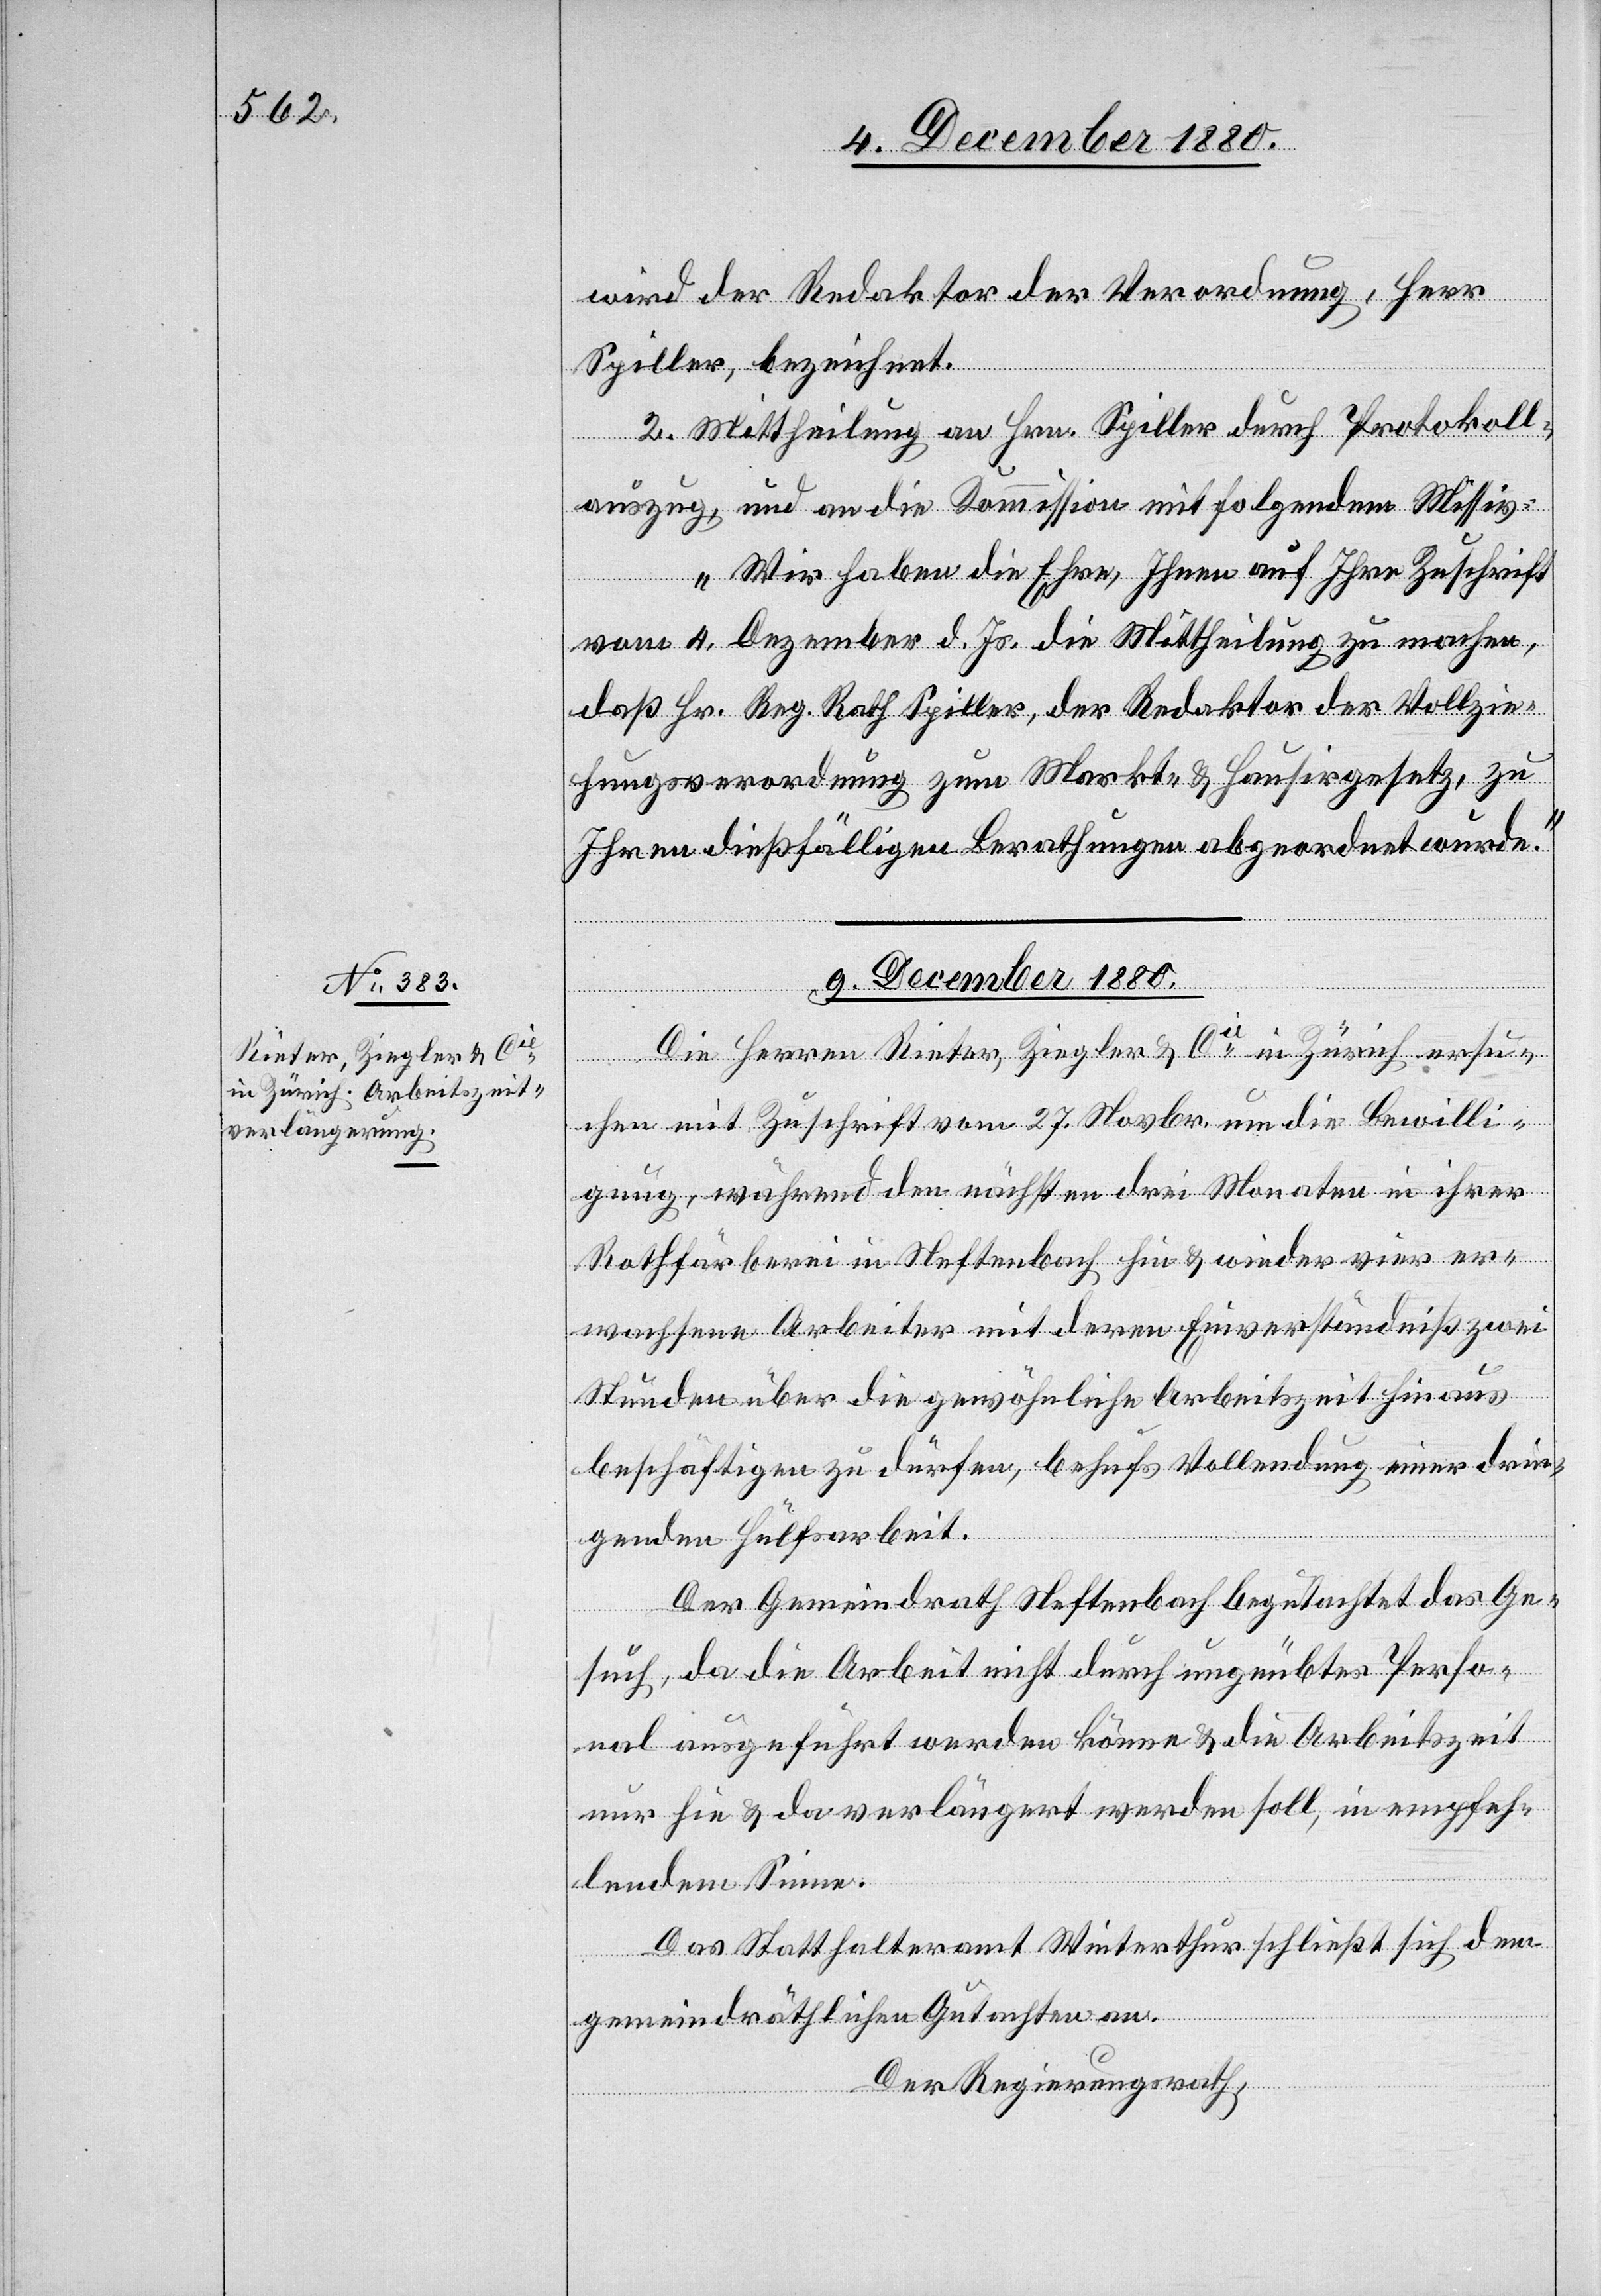
9. December 1880.
wird der Redaktor der Verordnung, Herr
Spiller, bezeichnet.
2. Mittheilung an Hrn. Spiller durch Protokoll¬
auszug und an die Kommission mit folgendem Missiv:
„Wir haben die Ehre, Ihnen auf Ihre Zuschrift
vom 4. Dezember d. Js. die Mittheilung zu machen,
daß Hr. Reg. Rath Spiller, der Redaktor der Vollzie¬
hungsverordnung zum Markts- & Hausirgesetz, zu
Ihren dießfälligen Berathungen abgeordnet wurde.“
[Präsi¬
gungen.]
Die Herren Rieter, Ziegler & Cie in Zürich ersu¬
chen mit Zuschrift vom 27. Novbr. um die Bewilli¬
gung, während den nächsten drei Monaten in ihrer
Rothfärberei in Neftenbach hin & wieder vier er¬
wachsene Arbeiter mit deren Einverständniß zwei
Stunden über die gewöhnliche Arbeitszeit hinaus
beschäftigen zu dürfen, behufs Vollendung einer drin¬
genden Hülfsarbeit.
Der Gemeindrath Neftenbach begutachtet das Ge¬
such, da die Arbeit nicht durch ungeübtes Perso¬
nal ausgeführt werden könne & die Arbeitszeit
nur hie & da verlängert werden soll, in empfeh¬
lendem Sinne.
Das Statthalteramt Winterthur schließt sich dem
gemeindräthlichen Gutachten an.
Der Regierungsrath,